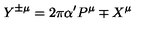
Y ^ { \pm \mu } = 2 \pi \alpha ^ { \prime } P ^ { \mu } \mp X ^ { \mu }